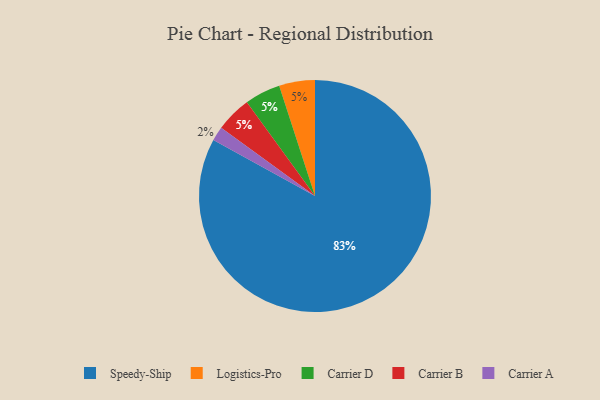
{"axis": {"x": "Category", "y": "Percentage"}, "legend": ["Carrier A", "Carrier B", "Carrier D", "Logistics-Pro", "Speedy-Ship"], "data": [{"x": "Logistics-Pro", "y": 5, "type": "Logistics-Pro"}, {"x": "Carrier D", "y": 5, "type": "Carrier D"}, {"x": "Carrier B", "y": 5, "type": "Carrier B"}, {"x": "Carrier A", "y": 2, "type": "Carrier A"}, {"x": "Speedy-Ship", "y": 83, "type": "Speedy-Ship"}]}